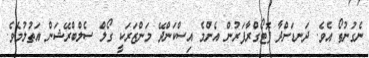
ނެގުނުތޯ އެވެ. ދަނޑަށްދާ ފޮޓޯގްރާފަރުން އެންމެ އިސްކަންދޭ މަންޒަރަކީ ގޯލް ސެލްބްރޭޝަން އަތުލުމެވެ.